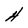
Character: H